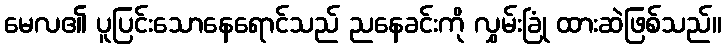
မေလ၏ ပူပြင်းသောနေရောင်သည် ညနေခင်းကို လွှမ်းခြုံ ထားဆဲဖြစ်သည်။